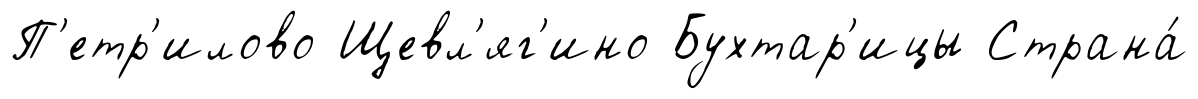
П'етр'илово Щевл'яг'ино Бухтар'ицы Страна́